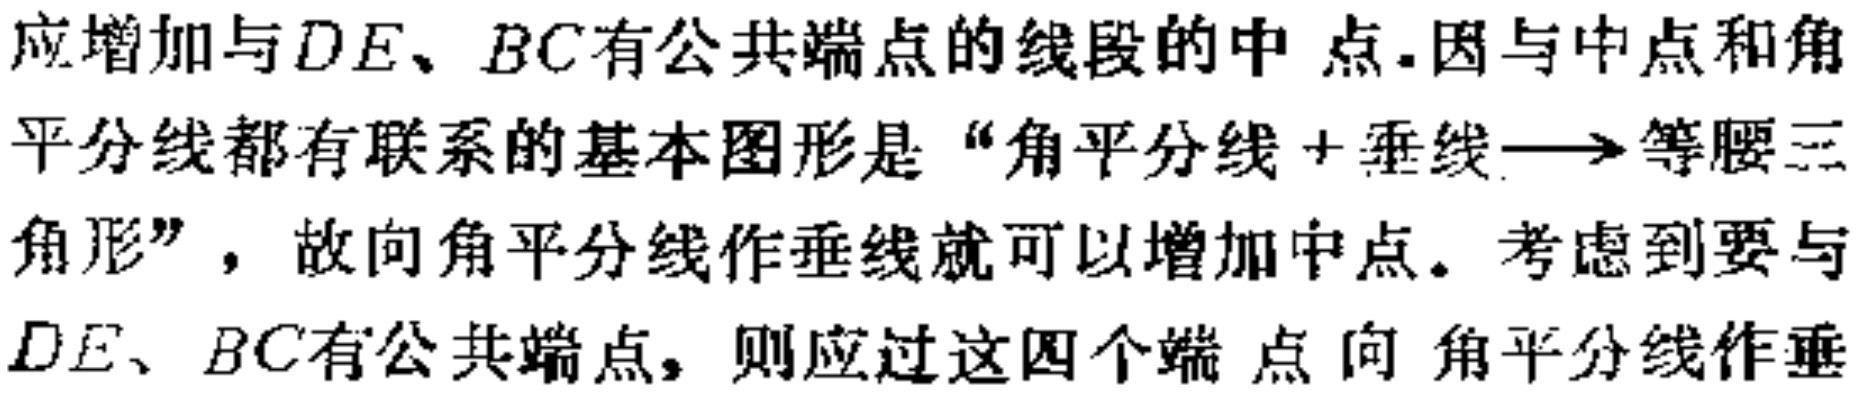
应增加与$DE$、$BC$有公共端点的线段的中 点.因与中点和角平分线都有联系的基本图形是“角平分线+垂线$\longrightarrow$等腰三角形”，故向角平分线作垂线就可以增加中点。考虑到要与$DE$、$BC$有公共端点，则应过这四个端点向角平分线作垂